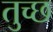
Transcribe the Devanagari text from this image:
तुच्‍छ